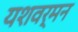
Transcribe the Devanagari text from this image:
यशवर्मन